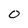
Character: O